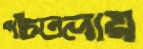
পাঁচতলায়